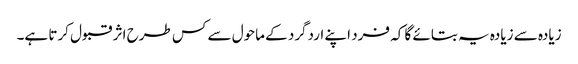
زیادہ سے زیادہ یہ بتائے گا کہ فرد اپنے اردگرد کے ماحول سے کس طرح اثر قبول کرتا ہے۔